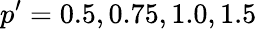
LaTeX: p^{\prime}=0.5,0.75,1.0,1.5